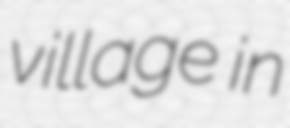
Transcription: village in